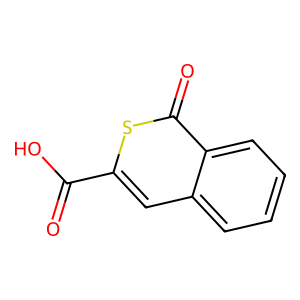
SMILES: O=C(O)c1cc2ccccc2c(=O)s1
Inhibits HIV replication: No